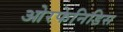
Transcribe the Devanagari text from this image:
ओरफेनिडिस